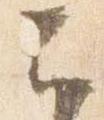
云